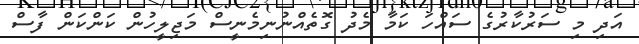
އަދި މި ސަރުކާރުގެ ސައްހަ ކަމާ މެދު ގޮތެއްނުނިމެނީސް މަޖިލީހުން ކަންކަން ފާސް